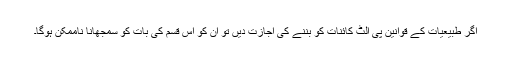
اگر طبیعیات کے قوانین پی الٹ کائنات کو بننے کی اجازت دیں تو ان کو اس قسم کی بات کو سمجھانا ناممکن ہوگا۔